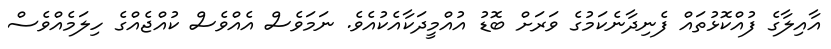
އާއިލާގެ ފުއްކޮޅުތައް ފެނިދާނެކަމުގެ ވަރަށް ބޮޑު އުއްމީދަކާއެކުއެވެ. ނަމަވެސް އެއްވެސް ކުއްޖެއްގެ ހިލަމެއްވެސް